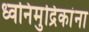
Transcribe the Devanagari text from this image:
ध्वनिमुद्रिकांना